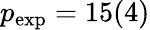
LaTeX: p_{\mathrm{exp}}=15(4)